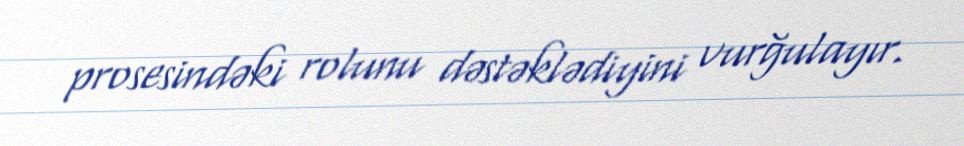
prosesindəki rolunu dəstəklədiyini vurğulayır.